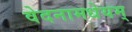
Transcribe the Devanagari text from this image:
वेदनामधेयम्